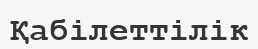
Қабілеттілік